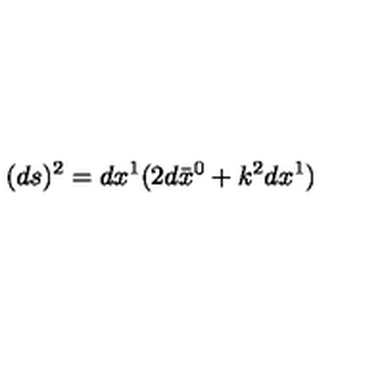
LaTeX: ( d s ) ^ { 2 } = d x ^ { 1 } ( 2 d \bar { x } ^ { 0 } + k ^ { 2 } d x ^ { 1 } )